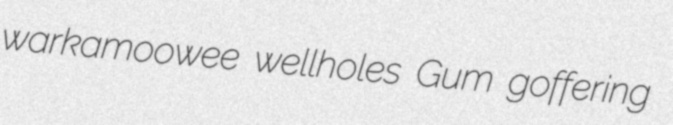
warkamoowee wellholes Gum goffering